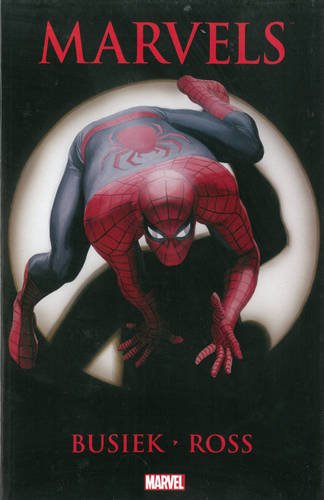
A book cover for Marvels; Kurt Busiek; Comics & Graphic Novels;